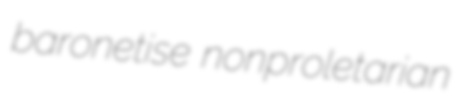
baronetise nonproletarian